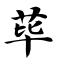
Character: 荜